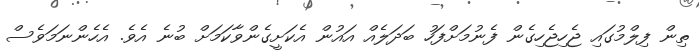
ތިން ފިލްމުގައި ޖެހިޖެހިގެން ފެނުމަށްފަހު ބަދަލެއް އައުން އެކަށީގެންވާކަމަށް ބުނެ އެވެ. އެހެންނަމަވެސް